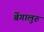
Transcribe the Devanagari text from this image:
बेंगालुरु